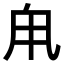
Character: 𪽆